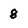
Character: 8